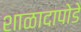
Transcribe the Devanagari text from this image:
शाळादापोडे